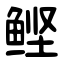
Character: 鲣